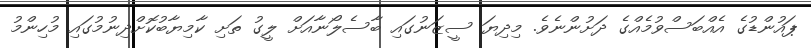
ޕައުންޑުގެ އެއްބަސްވުމެއްގެ ދަށުންނެވެ. މިދިޔަ ސީޒަނުގައި ބާސެލޯނާއަށް ލީގު ތަށި ކާމިޔާބުކޮށްދިނުމުގައި މުހިންމު